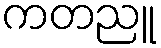
ကတညူ